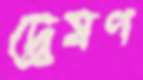
দ্বেষণ